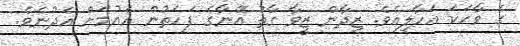
ގެ ވާހަކަ އަހާލިއެވެ. ޒިދާން ޒީވާ ގާތު އޭނާގެ ފަހަތުން އައުމަށް އެދުނެވެ.